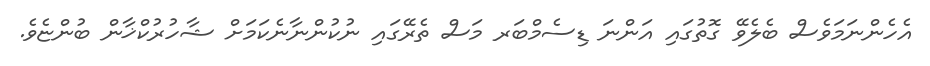
އެހެންނަމަވެސް ބެލެވޭ ގޮތުގައި އަންނަ ޑިސެމްބަރ މަސް ތެރޭގައި ނުކުންނާނެކަމަށް ޝާހުރުކްޚާން ބުންޏެވެ.